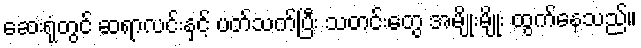
ဆေးရုံတွင် ဆရာလင်းနှင့် ပတ်သက်ပြီး သတင်းတွေ အမျိုးမျိုး ထွက်နေသည်။